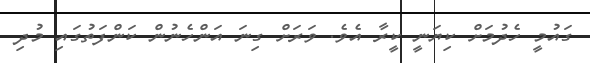
ގައުމީ ހެދުމަށް ކިޔަނީ ކީރާ އެވެ. ވަރަށް ގިނަ އަންހެނުން ކަންފަތުގައި މުދި